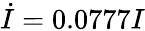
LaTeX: \dot{I}=0.0777I